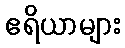
ဧရိယာများ